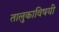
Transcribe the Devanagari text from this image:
तालुकाविषयी